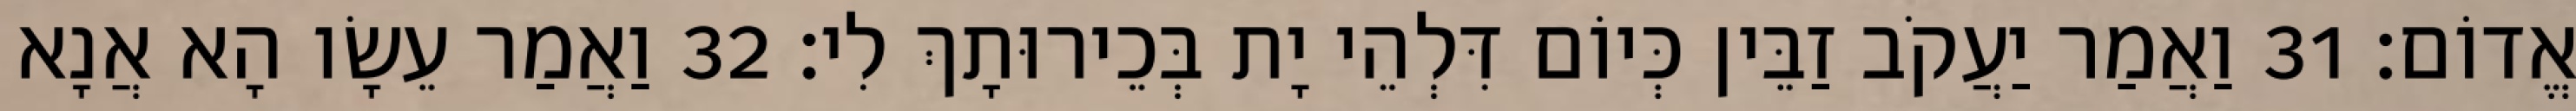
אֱדוֹם׃ 31 וַאֲמַר יַעֲקֹב זַבֵּין כְּיוֹם דִּלְהֵי יָת בְּכֵירוּתָךְ לִי׃ 32 וַאֲמַר עֵשָׂו הָא אֲנָא